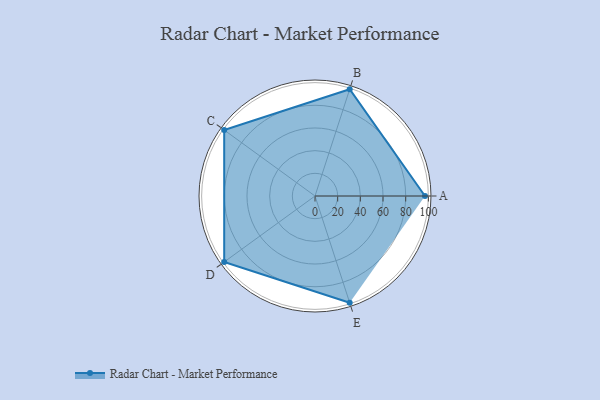
{"axis": {"x": "Skill", "y": "Score"}, "legend": ["Profile"], "data": [{"x": "A", "y": 97.0, "type": "Profile"}, {"x": "B", "y": 99.0, "type": "Profile"}, {"x": "C", "y": 99, "type": "Profile"}, {"x": "D", "y": 99, "type": "Profile"}, {"x": "E", "y": 99, "type": "Profile"}]}